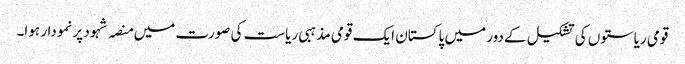
قومی ریاستوں کی تشکیل کے دور میں پاکستان ایک قومی مذہبی ریاست کی صورت میں منصہ شہود پر نمودار ہوا۔